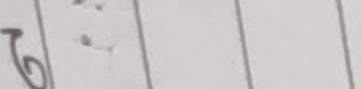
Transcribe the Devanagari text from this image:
७